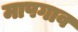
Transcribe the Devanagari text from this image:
मापगाव